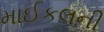
માઈકલની